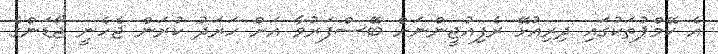
އެ ކޭމްޕުތަކުގައި ދިރިއުޅޭ ރެފިއުޖީންނަށް ބޭސްފަރުވާ އަށް ހަރަދު ކުރަން ޖެހެނީ ޖޯޑަންގެ